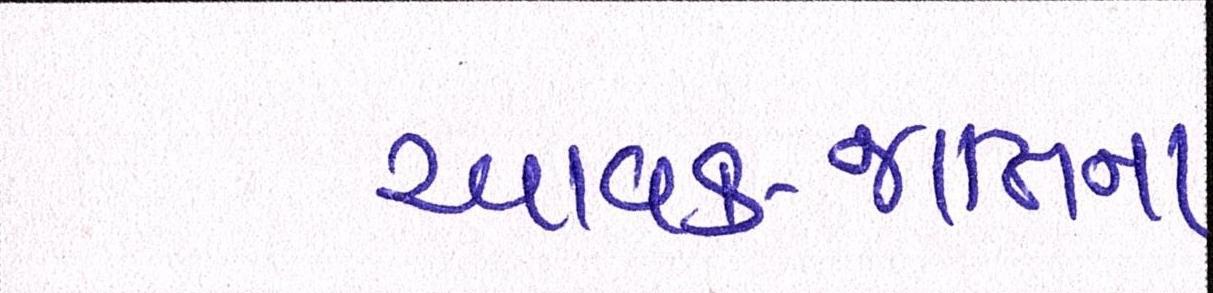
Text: આવક-જાતિના